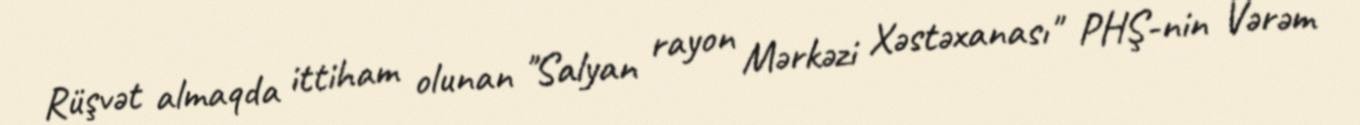
Rüşvət almaqda ittiham olunan "Salyan rayon Mərkəzi Xəstəxanası" PHŞ-nin Vərəm